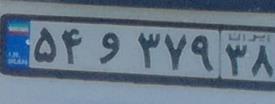
۵۴و۳۷۹۳۸